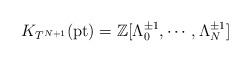
LaTeX: \begin{align*} K_{T^{N+1}}(\textnormal{pt}) = \mathbb{Z}[\Lambda_0^{\pm 1},\cdots, \Lambda_N^{\pm 1}] \end{align*}